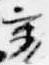
裏